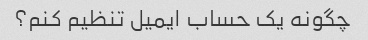
چگونه یک حساب ایمیل تنظیم کنم؟